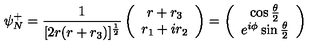
\psi _ { N } ^ { + } = \frac { 1 } { [ 2 r ( r + r _ { 3 } ) ] ^ { \frac { 1 } { 2 } } } \left( \begin{array} { c } { r + r _ { 3 } } \\ { r _ { 1 } + i r _ { 2 } } \\ \end{array} \right) = \left( \begin{array} { c } { \cos \frac { \theta } { 2 } } \\ { e ^ { i \phi } \sin \frac { \theta } { 2 } } \\ \end{array} \right)